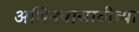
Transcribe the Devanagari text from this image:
अभिनयासाठीच्या